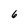
Character: 6